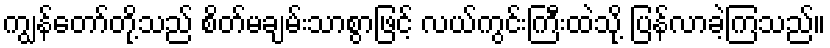
ကျွန်တော်တို့သည် စိတ်မချမ်းသာစွာဖြင့် လယ်ကွင်းကြီးထဲသို့ ပြန်လာခဲ့ကြသည်။